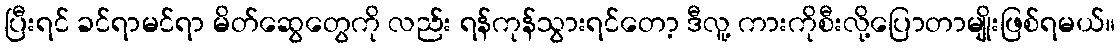
ပြီးရင် ခင်ရာမင်ရာ မိတ်ဆွေတွေကို လည်း ရန်ကုန်သွားရင်တော့ ဒီလူ့ ကားကိုစီးလို့ပြောတာမျိုးဖြစ်ရမယ်။